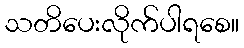
သတိပေးလိုက်ပါရစေ။